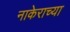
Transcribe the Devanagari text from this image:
नाकेराच्या